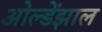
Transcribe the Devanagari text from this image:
ओल्डेंझाल